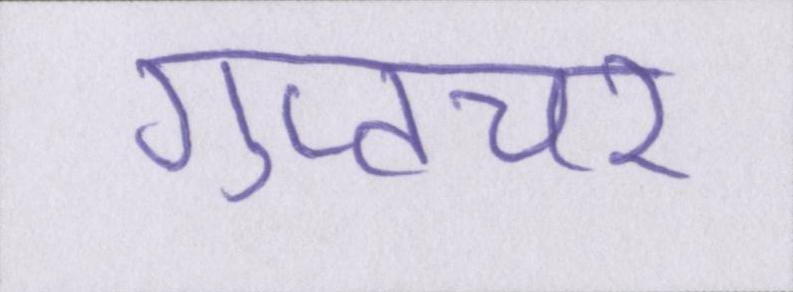
गुप्तचर